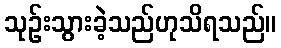
သုဉ်းသွားခဲ့သည်ဟုသိရသည်။